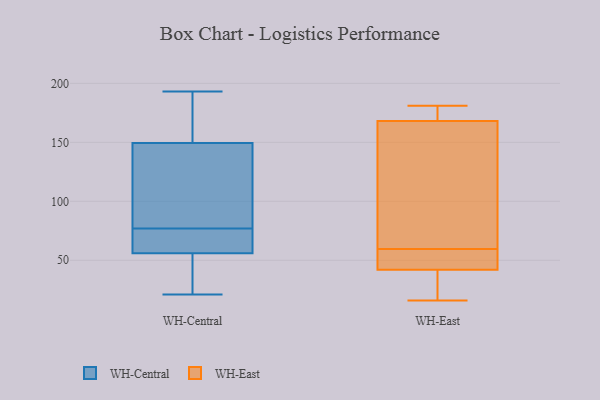
{"axis": {"x": "Temperature (°C)", "y": "Value"}, "legend": ["WH-Central", "WH-East"], "data": [{"x": "", "y": 21, "type": "WH-Central"}, {"x": "", "y": 155, "type": "WH-Central"}, {"x": "", "y": 193, "type": "WH-Central"}, {"x": "", "y": 69, "type": "WH-Central"}, {"x": "", "y": 59, "type": "WH-Central"}, {"x": "", "y": 55, "type": "WH-Central"}, {"x": "", "y": 106, "type": "WH-Central"}, {"x": "", "y": 52, "type": "WH-Central"}, {"x": "", "y": 77, "type": "WH-Central"}, {"x": "", "y": 133, "type": "WH-Central"}, {"x": "", "y": 159, "type": "WH-Central"}, {"x": "", "y": 42, "type": "WH-East"}, {"x": "", "y": 61, "type": "WH-East"}, {"x": "", "y": 109, "type": "WH-East"}, {"x": "", "y": 58, "type": "WH-East"}, {"x": "", "y": 31, "type": "WH-East"}, {"x": "", "y": 168, "type": "WH-East"}, {"x": "", "y": 181, "type": "WH-East"}, {"x": "", "y": 50, "type": "WH-East"}, {"x": "", "y": 16, "type": "WH-East"}, {"x": "", "y": 173, "type": "WH-East"}]}